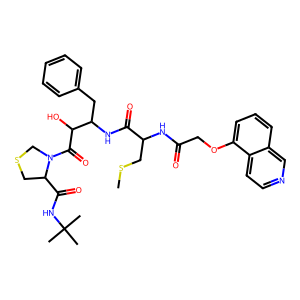
SMILES: CSCC(NC(=O)COc1cccc2cnccc12)C(=O)NC(Cc1ccccc1)C(O)C(=O)N1CSCC1C(=O)NC(C)(C)C
Inhibits HIV replication: Yes